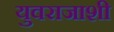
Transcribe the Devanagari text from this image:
युवराजाशी